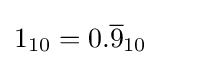
1_{10}=0.{\overline {9}}_{10}\qquad